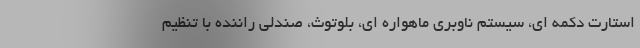
استارت دکمه ای، سیستم ناوبری ماهواره ای، بلوتوث، صندلی راننده با تنظیم